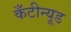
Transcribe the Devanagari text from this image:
कँटीन्यूड